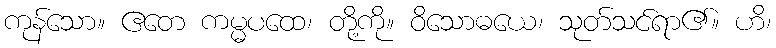
ကုန်သော။ ဧတေ ကမ္မပထေ၊ တို့ကို။ ဝိသောဓယေ၊ သုတ်သင်ရာ၏။ ဟိ၊